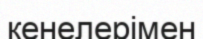
кенелерімен